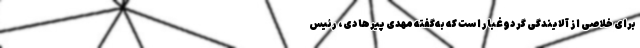
برای خلاصی از آلایندگی گردوغبار است که به‌گفته مهدی پیرهادی، رئیس